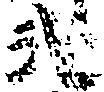
武